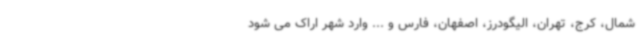
شمال، کرج، تهران، الیگودرز، اصفهان، فارس و ... وارد شهر اراک می شود